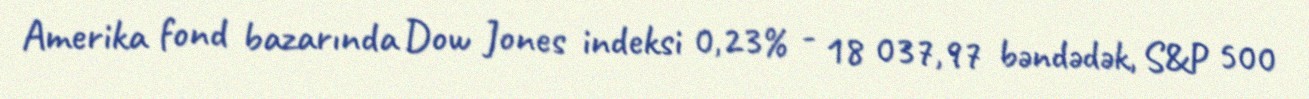
Amerika fond bazarında Dow Jones indeksi 0,23% - 18 037,97 bəndədək, S&P 500